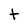
Character: t